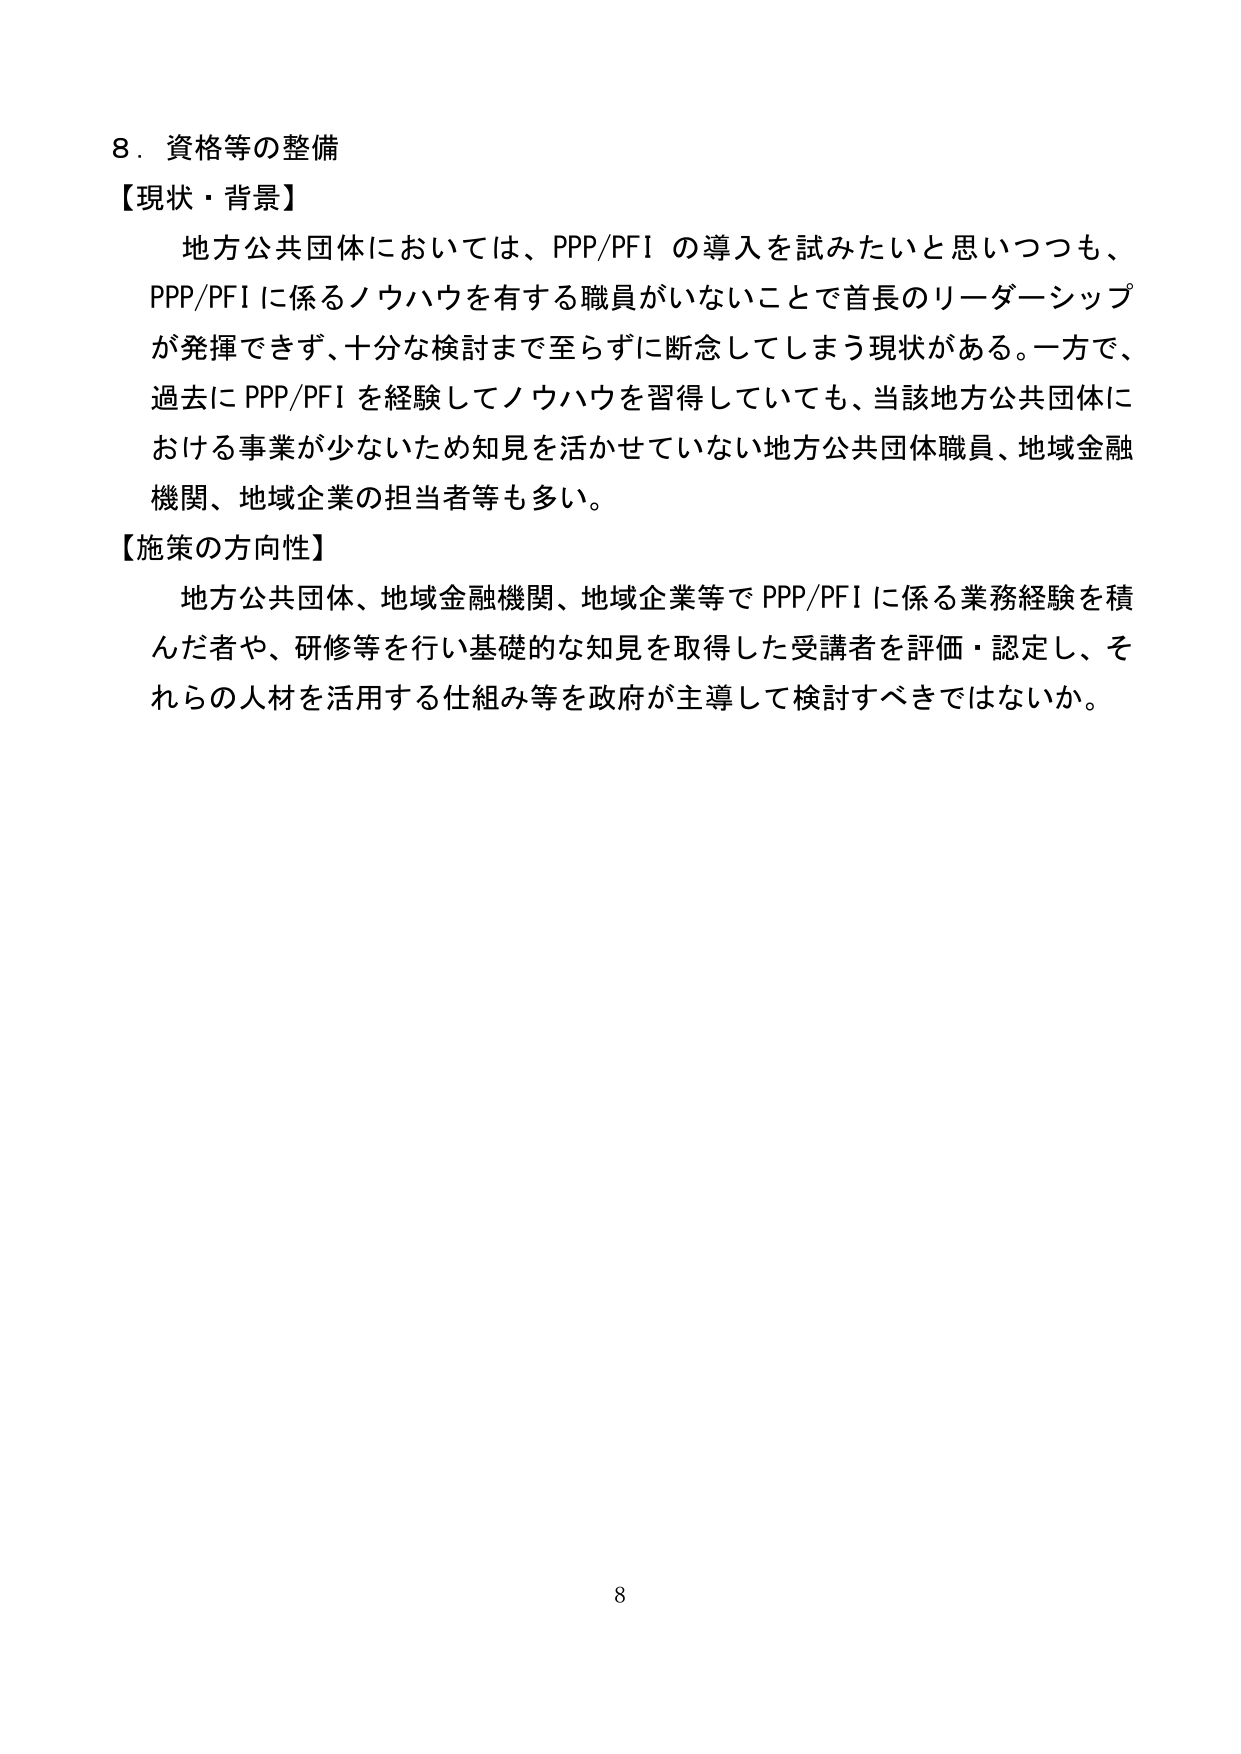
8．資格等の整備
【現状・背景】
地方公共団体においては、PPP/PFI の導入を試みたいと思いつつも、
PPP/PFI に係るノウハウを有する職員がいないことで首長のリーダーシップ
が発揮できず、十分な検討まで至らずに断念してしまう現状がある。一方で、
過去に PPP/PFI を経験してノウハウを習得していても、当該地方公共団体に
おける事業が少ないため知見を活かせていない地方公共団体職員、地域金融
機関、地域企業の担当者等も多い。
【施策の方向性】
地方公共団体、地域金融機関、地域企業等で PPP/PFI に係る業務経験を積
んだ者や、研修等を行い基礎的な知見を取得した受講者を評価・認定し、そ
れらの人材を活用する仕組み等を政府が主導して検討すべきではないか。
8